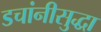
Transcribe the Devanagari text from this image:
डचांनीसुद्धा